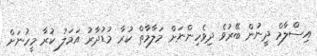
އިސްލާމް ދީނުން ބޭރުވެ ދިވެހިންނަށް މަލާމާތް ކުރާ މުޑުދާރު އަމަލު ކުރާ މީހުނަށް